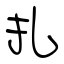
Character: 扎